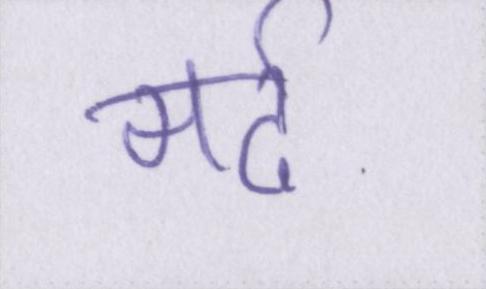
मर्द